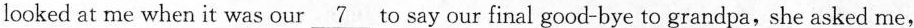
looked at me when it was our \underline{7} to say our final good-bye to grandpa,she asked me,